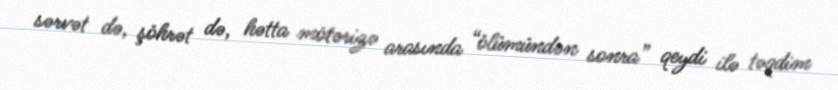
sərvət də, şöhrət də, hətta mötərizə arasında “ölümündən sonra” qeydi ilə təqdim